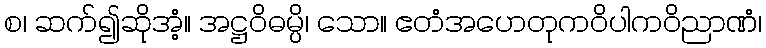
စ၊ ဆက်၍ဆိုအံ့။ အဋ္ဌဝိဓမ္ပိ၊ သော။ ဧတံအဟေတုကဝိပါကဝိညာဏံ၊